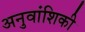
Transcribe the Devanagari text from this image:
अनुवांशिकी